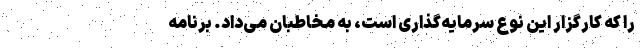
را که کارگزار این نوع سرمایه‌گذاری است، به مخاطبان می‌داد. برنامه